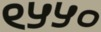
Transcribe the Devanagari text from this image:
९५५०